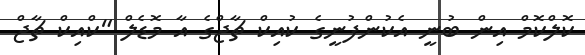
ކޮލްކޮމް އިން ބުނީ އެކުންފުނީގެ ކުއިކް ޗާޖްގެ އާ މޮޑެލް "ކްއިކް ޗާޖް